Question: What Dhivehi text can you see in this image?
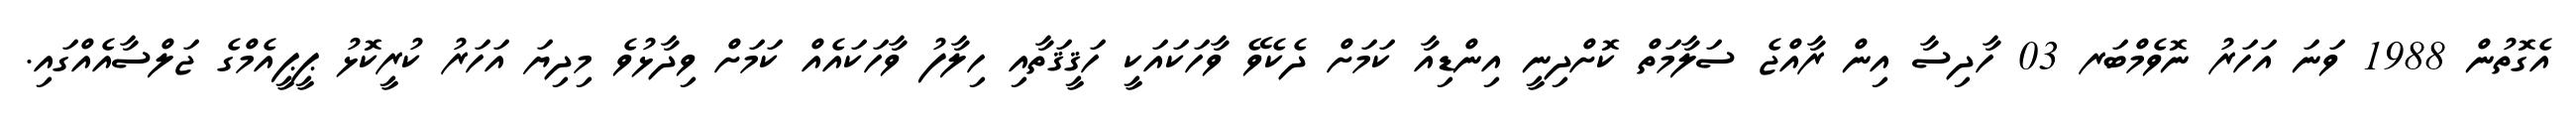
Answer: އެގޮތުން 1988 ވަނަ އަހަރު ނޮވެމްބަރ 03 ހާދިސާ އިން ރާއްޖެ ސަލާމަތް ކޮށްދިނީ އިންޑިއާ ކަމަށް ދެކެވޭ ވާހަކައަކީ ހަޤީޤަތާއި ހިލާފު ވާހަކައެއް ކަމަށް ވިދާޅުވެ މިދިޔަ އަހަރު ކުރީކޮޅު ޕީޕީއެމްގެ ޖަލްސާއެއްގައި.